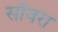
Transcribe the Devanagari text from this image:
साँवरा